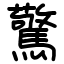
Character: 驚